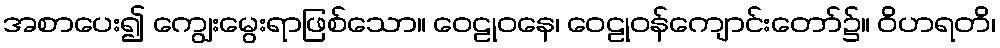
အစာပေး၍ ကျွေးမွေးရာဖြစ်သော။ ဝေဠုဝနေ၊ ဝေဠုဝန်ကျောင်းတော်၌။ ဝိဟရတိ၊